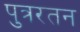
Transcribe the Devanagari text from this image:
पुत्ररतन